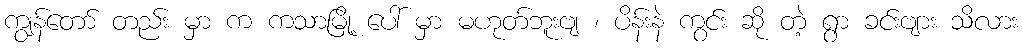
ကျွန်တော် တည်း မှာ က ကသာမြို့ ပေါ် မှာ မဟုတ်ဘူးဗျ ၊ ပိန်းနဲ ကွင်း ဆို တဲ့ ရွာ ခင်းဗျား သိလား